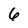
Character: 6